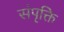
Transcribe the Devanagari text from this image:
संपृक्ति